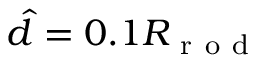
\hat { d } = 0 . 1 R _ { \mathrm { ~ r ~ o ~ d ~ } }